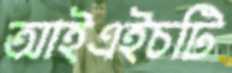
আইএইচটি